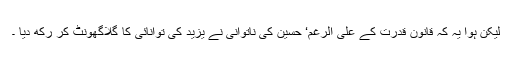
لیکن ہوا یہ کہ قانون قدرت کے علی الرغم‘ حسین کی ناتوانی نے یزید کی توانائی کا گلاگھونٹ کر رکھ دیا ۔